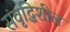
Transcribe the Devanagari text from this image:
संवृद्धिशील